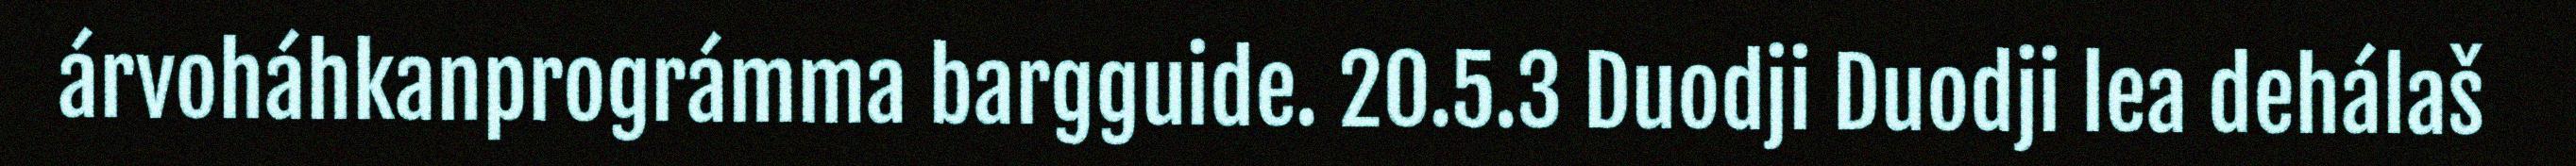
árvoháhkanprográmma bargguide. 20.5.3 Duodji Duodji lea dehálaš